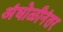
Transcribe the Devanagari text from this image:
अंघोळीनंतर